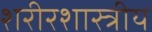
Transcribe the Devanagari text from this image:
शरीरशास्त्रीय